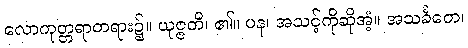
လောကုတ္တရာတရား၌။ ယုဇ္ဇတိ၊ ၏။ ပန၊ အသင့်ကိုဆိုအံ့။ အသင်္ခတေ၊